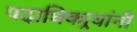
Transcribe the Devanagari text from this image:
पदाधिकार्‍यांनी